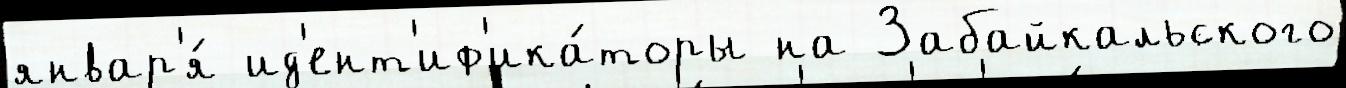
январ'я́ ид'ент'иф'ика́торы на Забайкальского